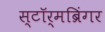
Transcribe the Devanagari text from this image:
स्टॉर्मब्रिंगर